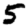
Digit: 5